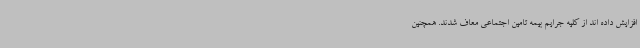
افزایش داده اند از کلیه جرایم بیمه تامین اجتماعی معاف شدند. همچنین